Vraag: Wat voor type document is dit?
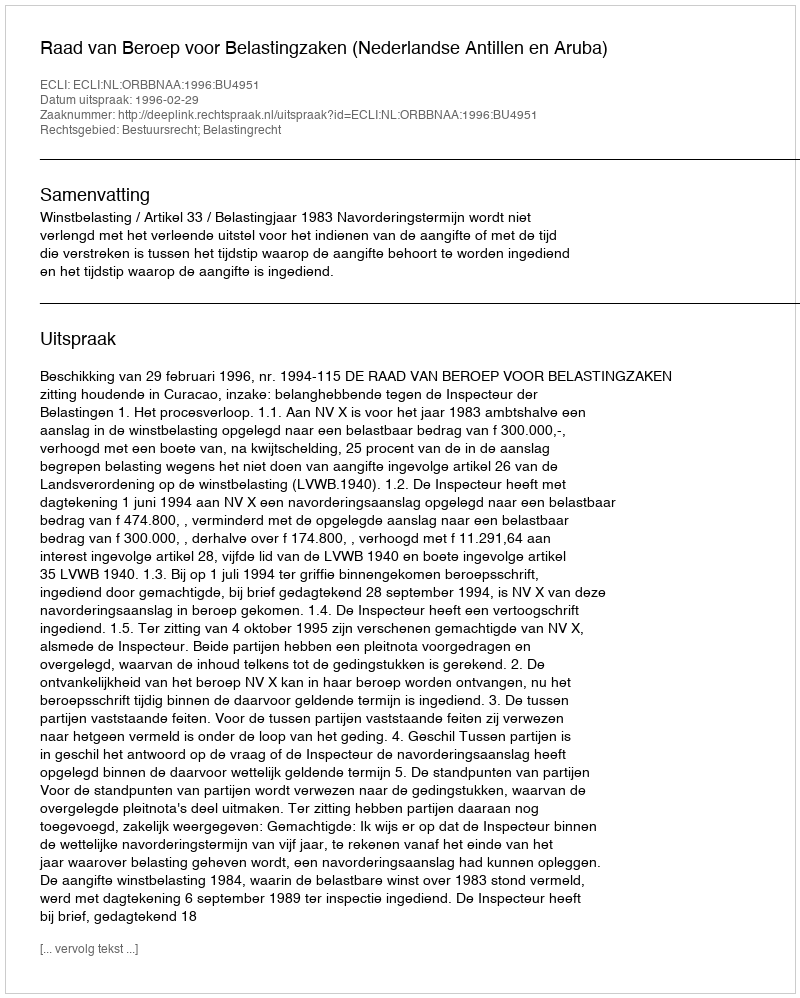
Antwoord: Uitspraak